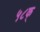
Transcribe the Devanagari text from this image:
५८क्